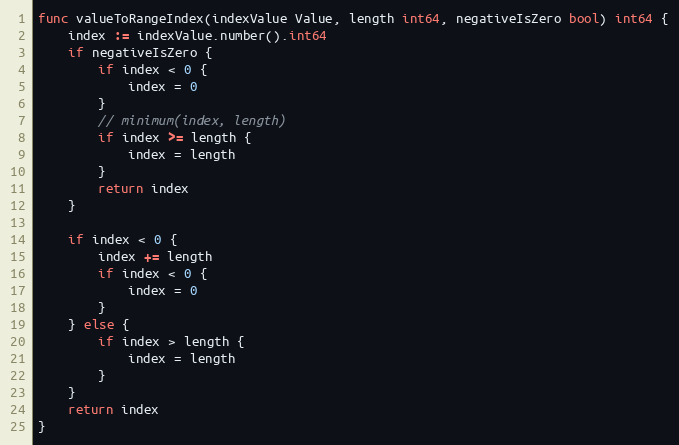
Language: Go
func valueToRangeIndex(indexValue Value, length int64, negativeIsZero bool) int64 {
	index := indexValue.number().int64
	if negativeIsZero {
		if index < 0 {
			index = 0
		}
		// minimum(index, length)
		if index >= length {
			index = length
		}
		return index
	}

	if index < 0 {
		index += length
		if index < 0 {
			index = 0
		}
	} else {
		if index > length {
			index = length
		}
	}
	return index
}